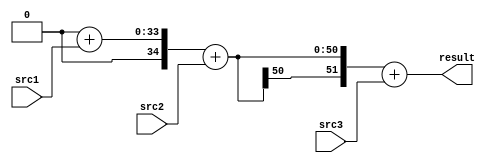
// scala

module MULADD_1 (
  input      [32:0]   src1,
  input      [49:0]   src2,
  input      [49:0]   src3,
  output     [51:0]   result
);
  wire       [51:0]   _zz_1_;
  wire       [51:0]   _zz_2_;
  wire       [51:0]   _zz_3_;
  wire       [51:0]   _zz_4_;
  wire       [33:0]   _zz_5_;
  wire       [51:0]   _zz_6_;
  wire       [49:0]   _zz_7_;
  wire       [51:0]   _zz_8_;
  wire       [49:0]   _zz_9_;
  wire       [51:0]   _zz_10_;

  assign _zz_1_ = ($signed(_zz_2_) + $signed(_zz_10_));
  assign _zz_2_ = ($signed(_zz_3_) + $signed(_zz_8_));
  assign _zz_3_ = ($signed(_zz_4_) + $signed(_zz_6_));
  assign _zz_4_ = 52'h0;
  assign _zz_5_ = {1'b0,src1};
  assign _zz_6_ = {{18{_zz_5_[33]}}, _zz_5_};
  assign _zz_7_ = src2;
  assign _zz_8_ = {{2{_zz_7_[49]}}, _zz_7_};
  assign _zz_9_ = src3;
  assign _zz_10_ = {{2{_zz_9_[49]}}, _zz_9_};
  assign result = _zz_1_;

endmodule